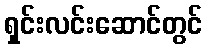
ရှင်းလင်းဆောင်တွင်